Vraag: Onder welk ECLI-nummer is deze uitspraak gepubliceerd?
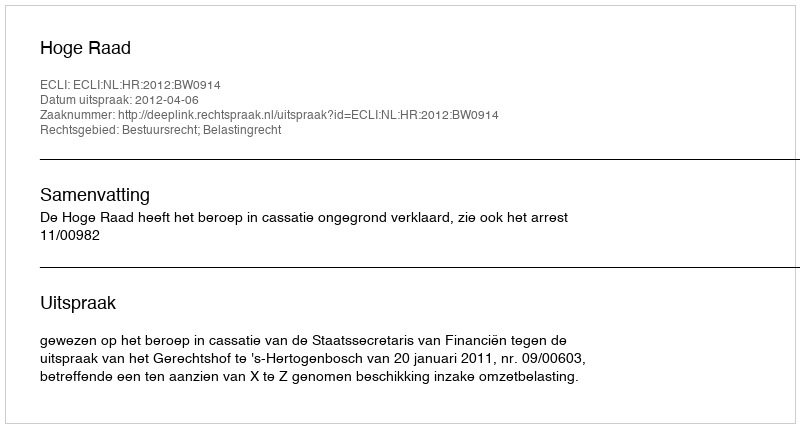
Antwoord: ECLI:NL:HR:2012:BW0914